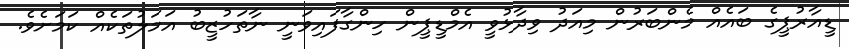
ޑީއާރުޕީގެ ބައެއް މެންބަރުން މިއަދު ވިދާޅުވީ އެމްޑީޕީން ހިންގާފައިވަނީ ނާތަހުޒީބު އަމަލުތަކެއް ކަމަށެވެ.